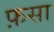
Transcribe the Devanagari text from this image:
फ़सा